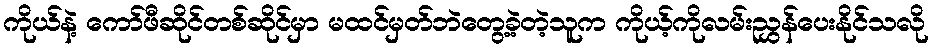
ကိုယ်နဲ့ ကော်ဖီဆိုင်တစ်ဆိုင်မှာ မထင်မှတ်ဘဲတွေ့ခဲ့တဲ့သူက ကိုယ့်ကိုလမ်းညွှန်ပေးနိုင်သလို